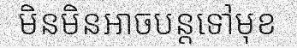
មិនមិនអាចបន្តទៅមុខ